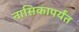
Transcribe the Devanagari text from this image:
नासिकापर्यंत